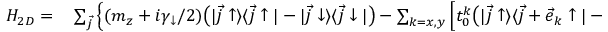
\begin{array} { r l } { H _ { 2 D } = } & { { } \sum _ { \vec { j } } \Big \{ ( m _ { z } + i \gamma _ { \downarrow } / 2 ) \bigr ( | \vec { j } \uparrow \rangle \langle \vec { j } \uparrow | - | \vec { j } \downarrow \rangle \langle \vec { j } \downarrow | \bigr ) - \sum _ { k = x , y } \Big [ t _ { 0 } ^ { k } \bigr ( | \vec { j } \uparrow \rangle \langle \vec { j } + \vec { e } _ { k } \uparrow | - | \vec { j } \downarrow \rangle \langle \vec { j } + \vec { e } _ { k } \downarrow | \bigr ) } \end{array}